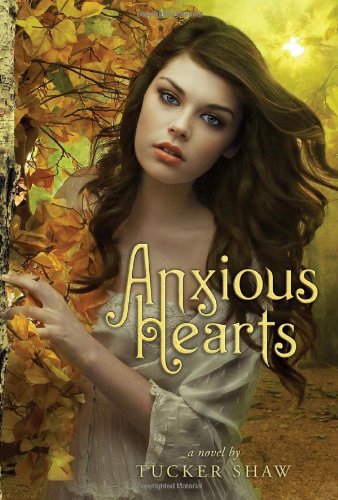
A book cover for Anxious Hearts; Tucker Shaw; Teen & Young Adult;